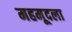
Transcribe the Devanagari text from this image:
महमूदला